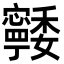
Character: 𭔨